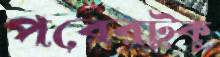
পরেরটুকু